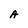
Character: A